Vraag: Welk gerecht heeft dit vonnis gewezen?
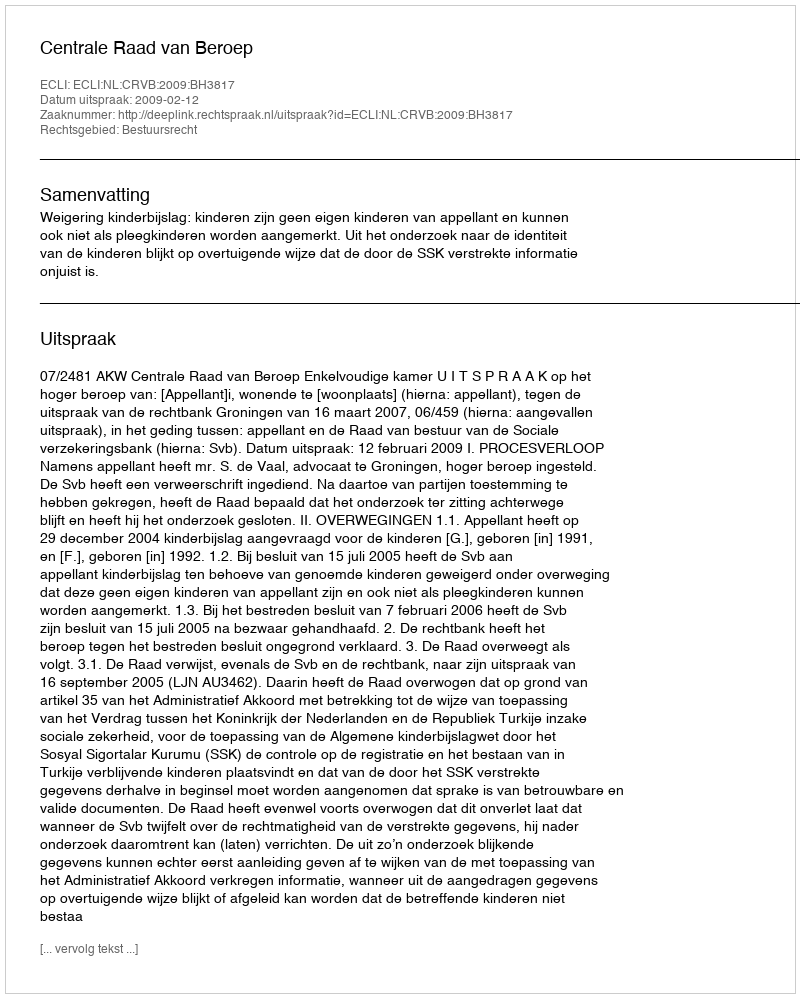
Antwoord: Centrale Raad van Beroep